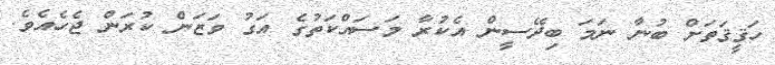
ހަޤީޤަތަށް ބުނާ ނަމަ ބިދޭސީން އެކުރާ މަސައްކަތުގެ އަގު ވަޒަން ކުރަން ޖެހެއެވެ.